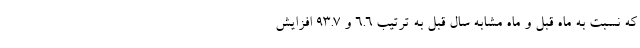
که نسبت به ماه قبل و ماه مشابه سال قبل به ترتیب ۶.۶ و ۹۳.۷ افزایش